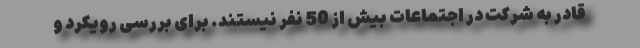
قادر به شرکت در اجتماعات بیش از 50 نفر نیستند. برای بررسی رویکرد و